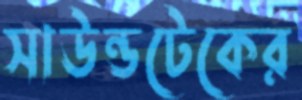
সাউন্ডটেকের